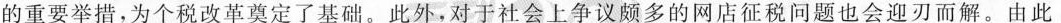
的重要举措，为个税改革奠定了基础。此外，对于社会上争议颇多的网店征税问题也会迎刃而解。由此